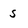
Character: s